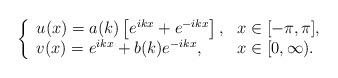
LaTeX: \begin{align*}\left\{ \begin{array}{ll}u(x) = a(k) \left[ e^{ikx} + e^{-ikx} \right], & x \in [-\pi,\pi], \\v(x) = e^{ikx} + b(k) e^{-ikx}, & x \in [0,\infty). \end{array} \right.\end{align*}